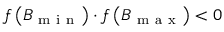
f \left( B _ { \mathrm { ~ m ~ i ~ n ~ } } \right) \cdot f \left( B _ { \mathrm { ~ m ~ a ~ x ~ } } \right) < 0